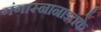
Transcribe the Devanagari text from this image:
गंगास्नानाइतके